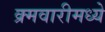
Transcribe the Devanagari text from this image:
क्र्मवारीमध्ये